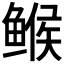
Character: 𱈄